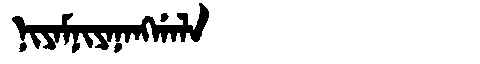
Manchu: ᠨᡳᠶᠠᠮᠨᡳᠶᠠᠨᠠᠩᡤᠠᠯᠠ
Romanization: NIYAMNIYANANGGALA